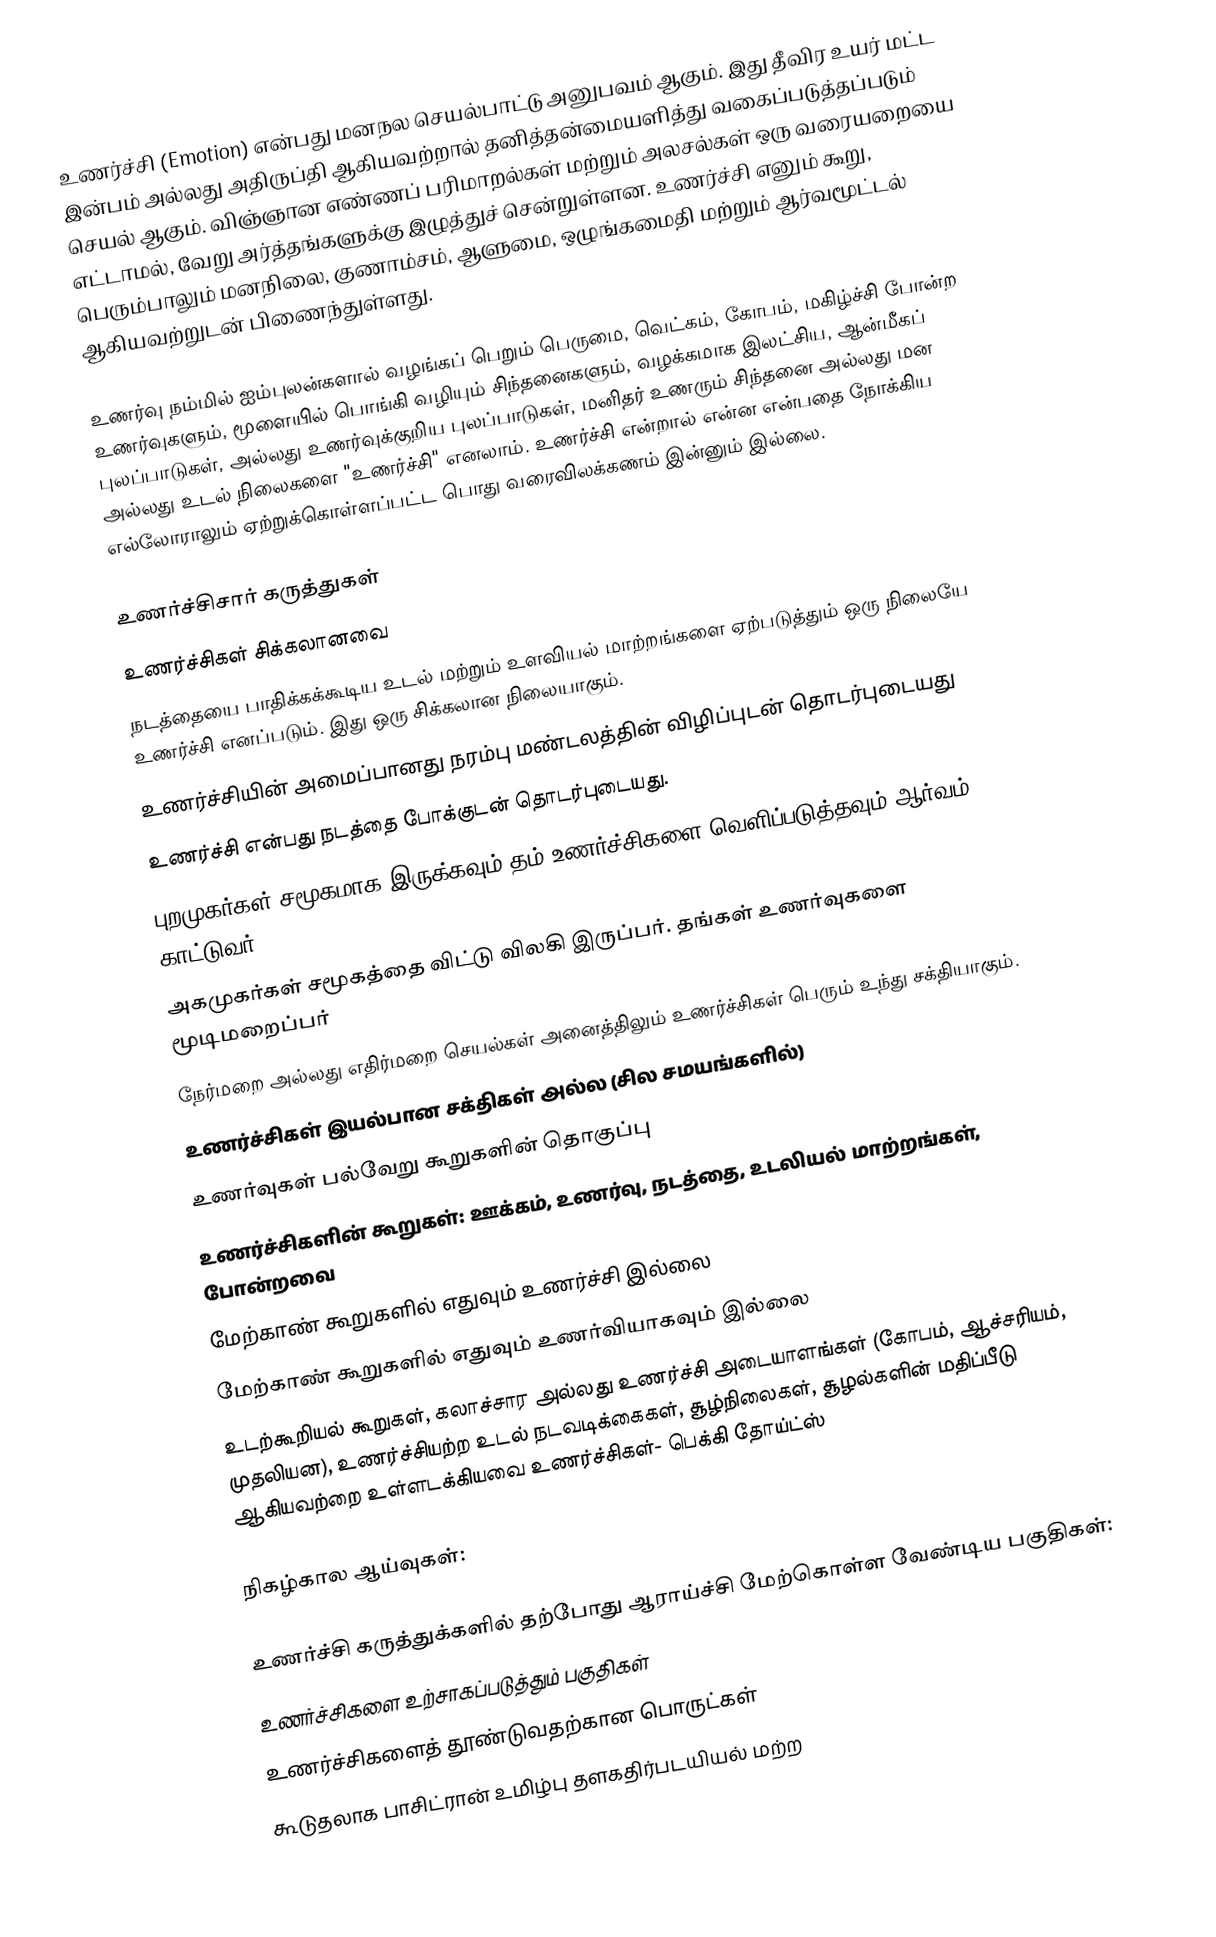
உணர்ச்சி (Emotion) என்பது மனநல செயல்பாட்டு அனுபவம் ஆகும்.  இது தீவிர உயர் மட்ட இன்பம் அல்லது அதிருப்தி ஆகியவற்றால் தனித்தன்மையளித்து வகைப்படுத்தப்படும் செயல் ஆகும். விஞ்ஞான எண்ணப் பரிமாறல்கள் மற்றும் அலசல்கள் ஒரு வரையறையை எட்டாமல், வேறு  அர்த்தங்களுக்கு இழுத்துச் சென்றுள்ளன. உணர்ச்சி எனும் கூறு,  பெரும்பாலும் மனநிலை, குணாம்சம், ஆளுமை, ஒழுங்கமைதி மற்றும் ஆர்வமூட்டல் ஆகியவற்றுடன் பிணைந்துள்ளது.

உணர்வு நம்மில் ஐம்புலன்களால் வழங்கப் பெறும் பெருமை, வெட்கம், கோபம், மகிழ்ச்சி போன்ற உணர்வுகளும், மூளையில் பொங்கி வழியும் சிந்தனைகளும், வழக்கமாக இலட்சிய, ஆன்மீகப் புலப்பாடுகள், அல்லது உணர்வுக்குறிய புலப்பாடுகள், மனிதர் உணரும் சிந்தனை அல்லது மன அல்லது உடல் நிலைகளை "உணர்ச்சி" எனலாம். உணர்ச்சி என்றால் என்ன என்பதை நோக்கிய எல்லோராலும் ஏற்றுக்கொள்ளப்பட்ட பொது வரைவிலக்கணம் இன்னும் இல்லை.

உணர்ச்சிசார் கருத்துகள்
உணர்ச்சிகள் சிக்கலானவை
 நடத்தையை பாதிக்கக்கூடிய உடல் மற்றும் உளவியல் மாற்றங்களை ஏற்படுத்தும் ஒரு நிலையே உணர்ச்சி எனப்படும். இது ஒரு சிக்கலான நிலையாகும்.
 உணர்ச்சியின் அமைப்பானது நரம்பு மண்டலத்தின் விழிப்புடன் தொடர்புடையது
 உணர்ச்சி என்பது நடத்தை போக்குடன் தொடர்புடையது.
 புறமுகர்கள் சமூகமாக இருக்கவும் தம் உணர்ச்சிகளை வெளிப்படுத்தவும் ஆர்வம் காட்டுவர்
 அகமுகர்கள் சமூகத்தை விட்டு விலகி இருப்பர்.  தங்கள் உணர்வுகளை மூடிமறைப்பர்
 நேர்மறை அல்லது எதிர்மறை செயல்கள் அனைத்திலும் உணர்ச்சிகள்  பெரும் உந்து சக்தியாகும்.
 உணர்ச்சிகள் இயல்பான சக்திகள் அல்ல (சில சமயங்களில்)
 உணர்வுகள் பல்வேறு கூறுகளின் தொகுப்பு
 உணர்ச்சிகளின் கூறுகள்: ஊக்கம், உணர்வு, நடத்தை, உடலியல் மாற்றங்கள், போன்றவை
 மேற்காண் கூறுகளில் எதுவும் உணர்ச்சி இல்லை
 மேற்காண் கூறுகளில் எதுவும் உணர்வியாகவும் இல்லை
 உடற்கூறியல் கூறுகள், கலாச்சார அல்லது உணர்ச்சி அடையாளங்கள் (கோபம், ஆச்சரியம், முதலியன), உணர்ச்சியற்ற உடல் நடவடிக்கைகள், சூழ்நிலைகள், சூழல்களின் மதிப்பீடு ஆகியவற்றை உள்ளடக்கியவை உணர்ச்சிகள்- பெக்கி தோய்ட்ஸ்

நிகழ்கால ஆய்வுகள்:

உணர்ச்சி கருத்துக்களில் தற்போது ஆராய்ச்சி மேற்கொள்ள வேண்டிய  பகுதிகள்:
 உணர்ச்சிகளை உற்சாகப்படுத்தும் பகுதிகள்
 உணர்ச்சிகளைத் தூண்டுவதற்கான பொருட்கள்
கூடுதலாக பாசிட்ரான் உமிழ்பு தளகதிர்படயியல் மற்ற